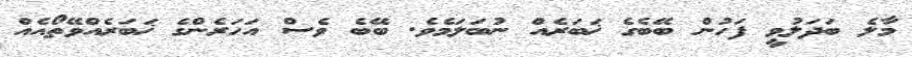
މާލެ ބަދަލުވީ ފަހުން ބޭބެގެ ޚަބަރެއް ނުބަލަމެވެ. ބޭބެ ވެސް އަހަރެންގެ ޚަބަރެއްވޭތޯއެއް